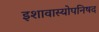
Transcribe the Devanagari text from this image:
इशावास्योपनिषद